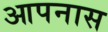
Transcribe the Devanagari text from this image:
आपनास